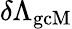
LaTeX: \delta\Lambda_{\mathrm{gcM}}